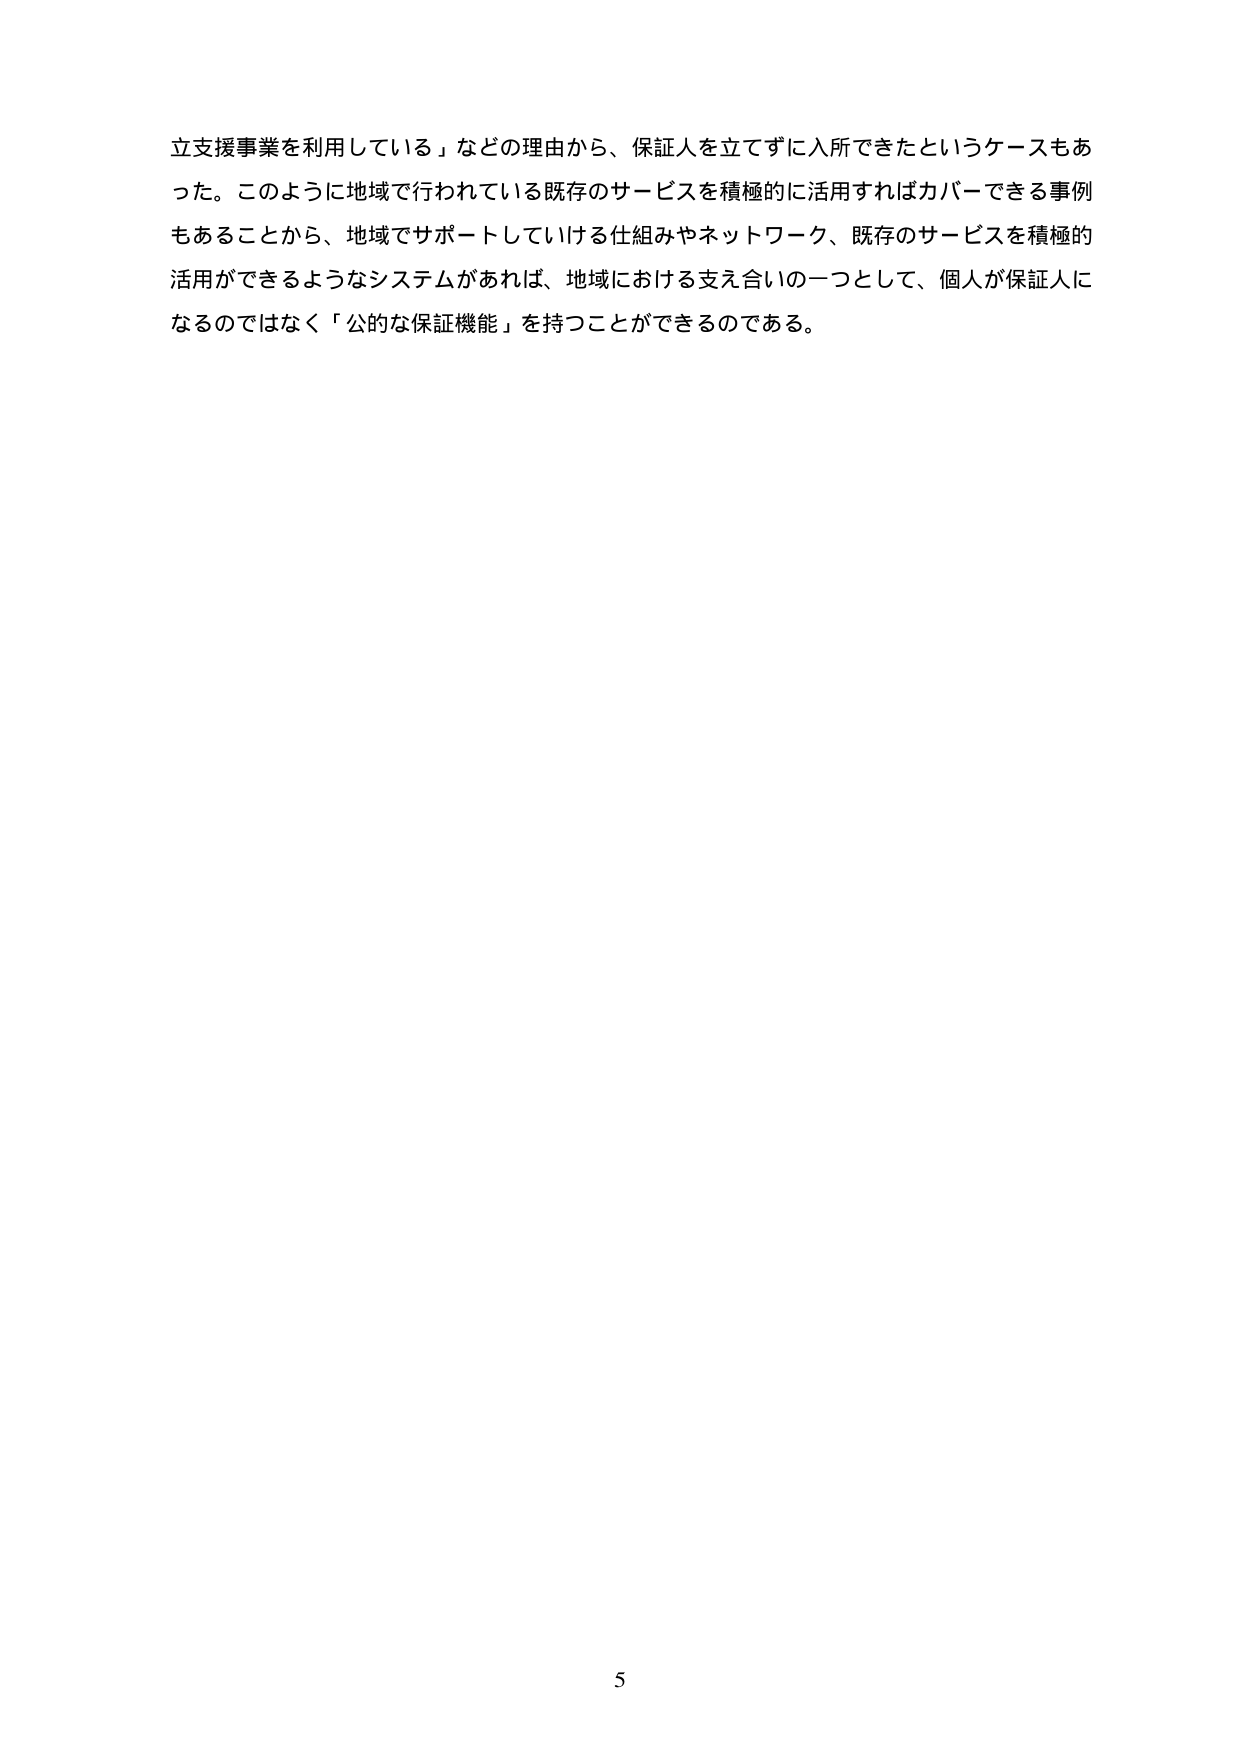
立支援事業を利用している」などの理由から、保証人を立てずに入所できたというケースもあった。このように地域で行われている既存のサービスを積極的に活用すればカバーできる事例もあることから、地域でサポートしていける仕組みやネットワーク、既存のサービスを積極的活用ができるようなシステムがあれば、地域における支え合いの一つとして、個人が保証人になるのではなく「公的な保証機能」を持つことができるのである。

5